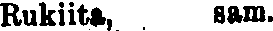
Rukiita, sam.